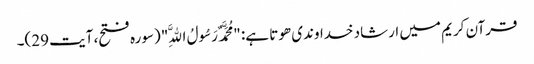
قرآن کریم میں ارشاد خداوندی ھوتا ہے: "مُحَمَّدٌ رَسُولُ اللَّهِ" (سورہ فتح، آیت 29)۔